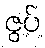
ဇွပ်